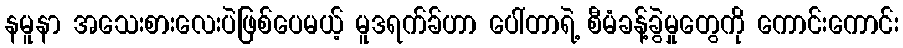
နမူနာ အသေးစားလေးပဲဖြစ်ပေမယ့် မူဒရက်ခ်ဟာ ပေါ်တာရဲ့ စီမံခန့်ခွဲမှုတွေကို ကောင်းကောင်း